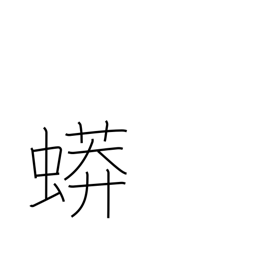
Meaning: python